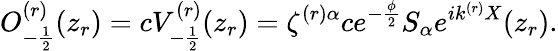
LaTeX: O_{-\frac{1}{2}}^{(r)}(z_{r})=cV_{-\frac{1}{2}}^{(r)}(z_{r})=\zeta^{(r)\alpha}ce^{-\frac{\phi}{2}}S_{\alpha}e^{ik^{(r)}X}(z_{r}).